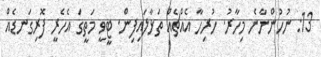
13: ނުހުންނާނެ މިހާރު. ހުރިހާ އެއްޗެއް ތަޅާލައިފިން. ޓީވީ މަތީގަ އެހެރީ ފޮރިގަނޑެއް